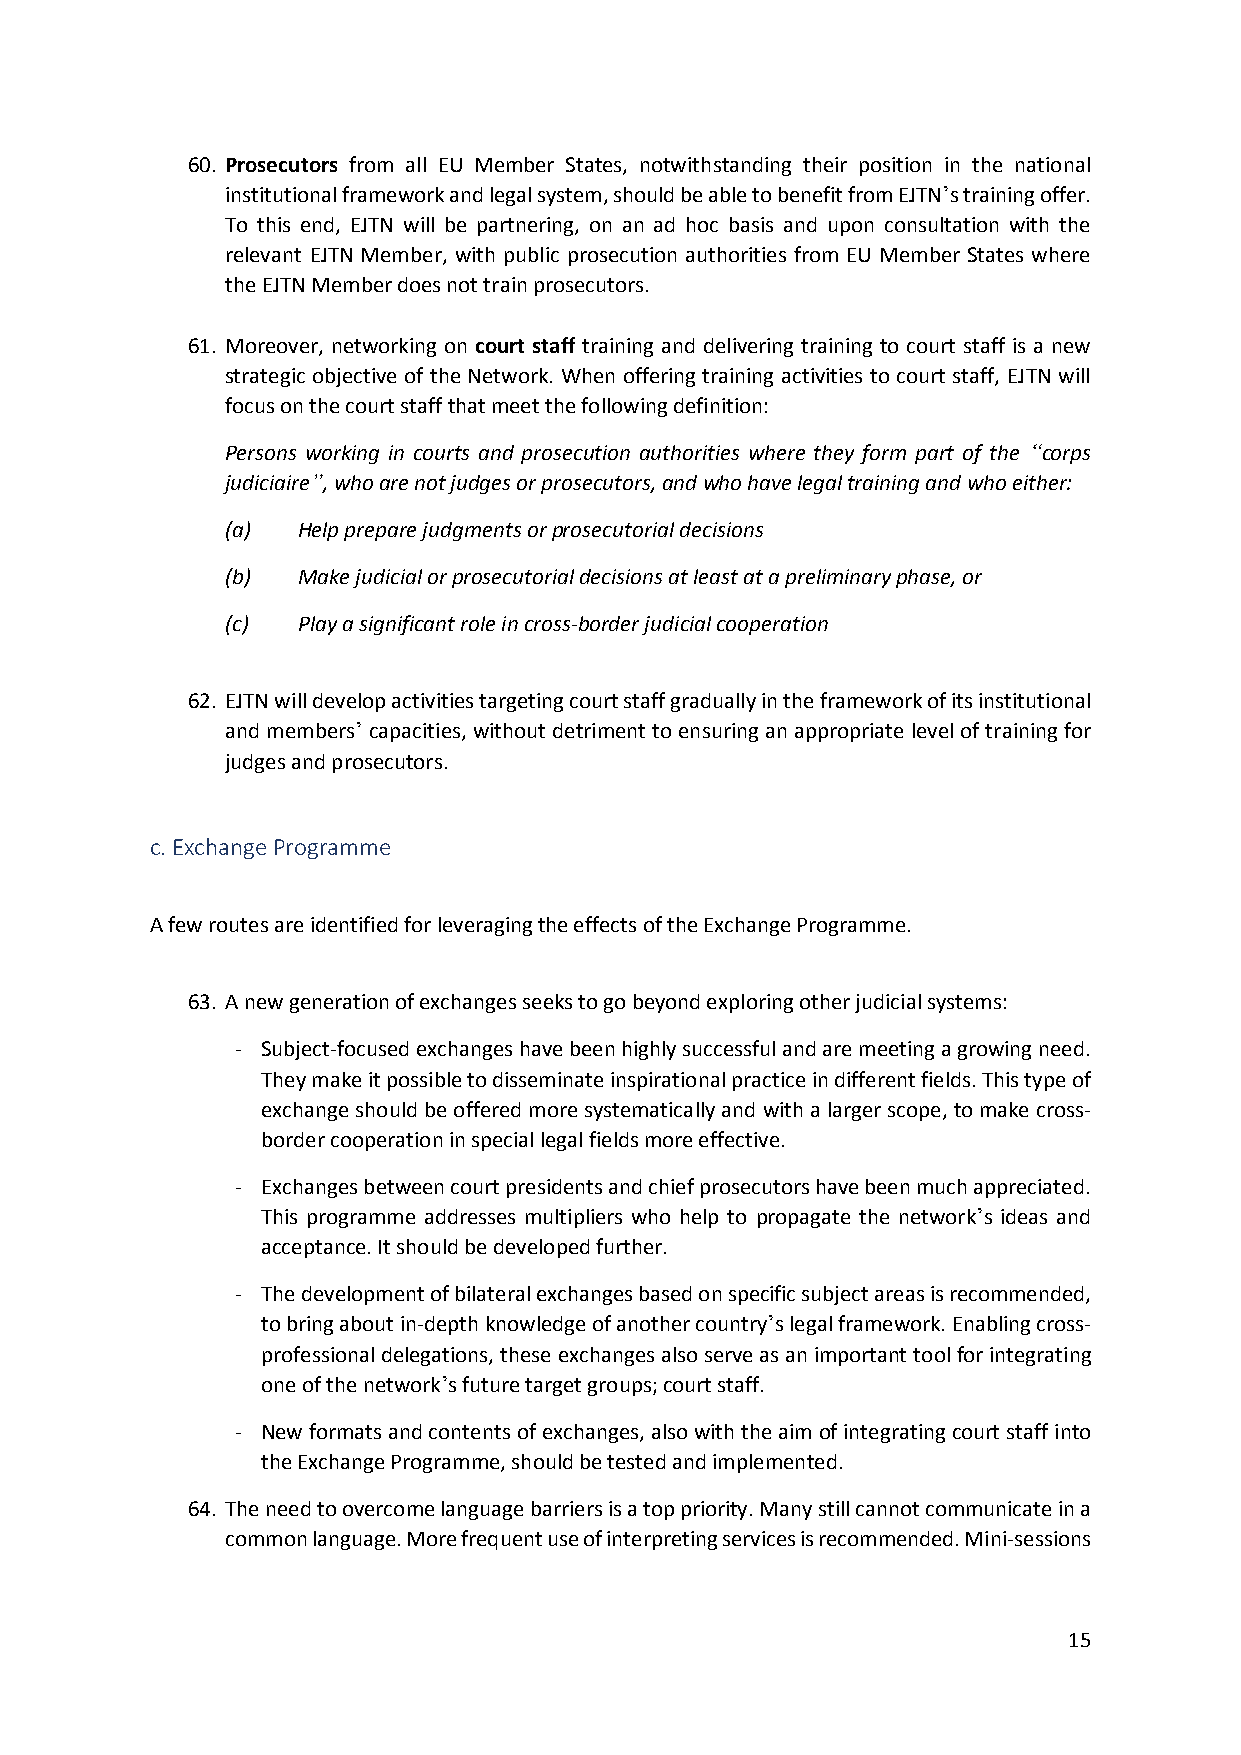
60. Prosecutors from all EU Member States, notwithstanding their position in the national
 institutional framework and legal system, should be able to benefit from EJTN’s training offer.
 To this end, EJTN will be partnering, on an ad hoc basis and upon consultation with the
 relevant EJTN Member, with public prosecution authorities from EU Member States where
 the EJTN Member does not train prosecutors.
 61. Moreover, networking on court staff training and delivering training to court staff is a new
 strategic objective of the Network. When offering training activities to court staff, EJTN will
 focus on the court staff that meet the following definition:
 Persons working in courts and prosecution authorities where they form part of the “corps
 judiciaire”, who are not judges or prosecutors, and who have legal training and who either:
 (a)  Help prepare judgments or prosecutorial decisions
 (b)  Make judicial or prosecutorial decisions at least at a preliminary phase, or
 (c)  Play a significant role in cross-border judicial cooperation
 62. EJTN will develop activities targeting court staff gradually in the framework of its institutional
 and members’ capacities, without detriment to ensuring an appropriate level of training for
 judges and prosecutors.
 c. Exchange Programme
 A few routes are identified for leveraging the effects of the Exchange Programme.
 63. A new generation of exchanges seeks to go beyond exploring other judicial systems:
 - Subject-focused exchanges have been highly successful and are meeting a growing need.
 They make it possible to disseminate inspirational practice in different fields. This type of
 exchange should be offered more systematically and with a larger scope, to make cross-
 border cooperation in special legal fields more effective.
 - Exchanges between court presidents and chief prosecutors have been much appreciated.
 This programme addresses multipliers who help to propagate the network’s ideas and
 acceptance. It should be developed further.
 - The development of bilateral exchanges based on specific subject areas is recommended,
 to bring about in-depth knowledge of another country’s legal framework. Enabling cross-
 professional delegations, these exchanges also serve as an important tool for integrating
 one of the network’s future target groups; court staff.
 - New formats and contents of exchanges, also with the aim of integrating court staff into
 the Exchange Programme, should be tested and implemented.
 64. The need to overcome language barriers is a top priority. Many still cannot communicate in a
 common language. More frequent use of interpreting services is recommended. Mini-sessions
 15